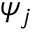
\psi _ { j }